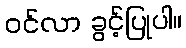
ဝင်လာ ခွင့်ပြုပါ။